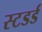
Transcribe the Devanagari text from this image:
स्टडर्ड